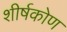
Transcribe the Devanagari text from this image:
शीर्षकोण